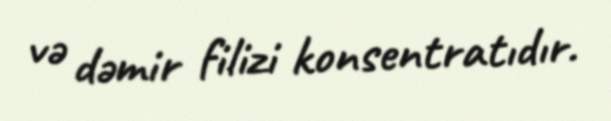
və dəmir filizi konsentratıdır.